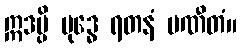
ဣဒမ္ပိ ဗုဒ္ဓေ ရတနံ ပဏီတံ။